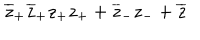
\overline { { { z } } } _ { + } \overline { { { z } } } _ { + } z _ { + } z _ { + } + \overline { { { z } } } _ { - } z _ { - } + \overline { { { z } } }